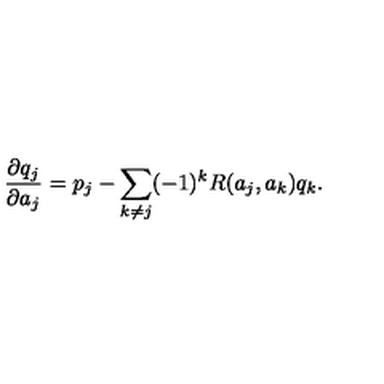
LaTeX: { \frac { \partial q _ { j } } { \partial a _ { j } } } = p _ { j } - \sum _ { k \neq j } ( - 1 ) ^ { k } R ( a _ { j } , a _ { k } ) q _ { k } .